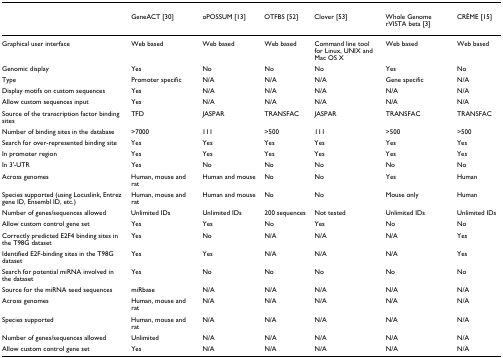
|  | GeneACT [30] | oPOSSUM [13] | OTFBS [52] | Clover [53] | Whole Genome rVISTA beta [3] | CRÈME [15] |
 | --- | --- | --- | --- | --- | --- | --- |
 | Graphical user interface | Web based | Web based | Web based | Command line tool for Linux, UNIX and Mac OS X | Web based | Web based |
 | Genomic display | Yes | No | No | No | Yes | No |
 | Type | Promoter specific | N/A | N/A | N/A | Gene specific | N/A |
 | Display motifs on custom sequences | Yes | N/A | N/A | N/A | N/A | N/A |
 | Allow custom sequences input | Yes | N/A | N/A | N/A | N/A | N/A |
 | Source of the transcription factor binding sites | TFD | JASPAR | TRANSFAC | JASPAR | TRANSFAC | TRANSFAC |
 | Number of binding sites in the database | >7000 | 111 | >500 | 111 | >500 | >500 |
 | Search for over-represented binding site | Yes | Yes | Yes | Yes | Yes | Yes |
 | In promoter region | Yes | Yes | Yes | Yes | Yes | Yes |
 | In 3'-UTR | Yes | No | No | No | No | No |
 | Across genomes | Human, mouse and rat | Human and mouse | No | No | Yes | Human |
 | Species supported (using Locuslink, Entrez gene ID, Ensembl ID, etc.) | Human, mouse and rat | Human and mouse | No | No | Mouse only | Human |
 | Number of genes/sequences allowed | Unlimited IDs | Unlimited IDs | 200 sequences | Not tested | Unlimited IDs | Unlimited IDs |
 | Allow custom control gene set | Yes | Yes | No | Yes | No | No |
 | Correctly predicted E2F4 binding sites in the T98G dataset | Yes | No | N/A | N/A | N/A | Yes |
 | Identified E2F-binding sites in the T98G dataset | Yes | Yes | N/A | N/A | N/A | Yes |
 | Search for potential miRNA involved in the dataset | Yes | No | No | No | No | No |
 | Source for the miRNA seed sequences | miRbase | N/A | N/A | N/A | N/A | N/A |
 | Across genomes | Human, mouse and rat | N/A | N/A | N/A | N/A | N/A |
 | Species supported | Human, mouse and rat | N/A | N/A | N/A | N/A | N/A |
 | Number of genes/sequences allowed | Unlimited | N/A | N/A | N/A | N/A | N/A |
 | Allow custom control gene set | Yes | N/A | N/A | N/A | N/A | N/A |